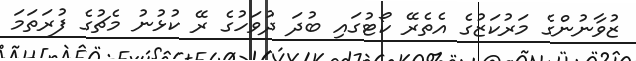
ޒުވާނުންގެ މަރުކަޒުގެ އެތެރޭ ކޯޓުގައި ބުދަ ދުވަހުގެ ރޭ ކުޅުނު މެޗުގެ ފުރަތަމަ